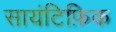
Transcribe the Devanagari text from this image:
सायंटिफ़िक